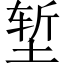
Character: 堑